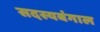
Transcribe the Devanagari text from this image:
सदस्यबंगाल